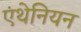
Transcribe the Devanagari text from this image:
एंथेनियन